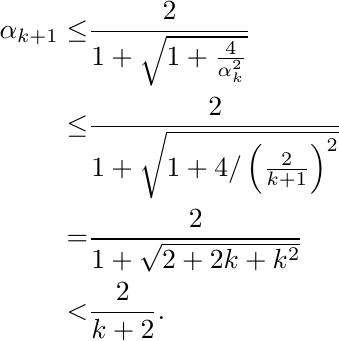
\begin{align*}
\alpha_{k+1}\leq & \frac{2}{1+\sqrt{1+\frac{4}{\alpha_{k}^{2}}}}\\
\leq & \frac{2}{1+\sqrt{1+4/\left(\frac{2}{k+1}\right)^{2}}}\\
= & \frac{2}{1+\sqrt{2+2k+k^{2}}}\\
< & \frac{2}{k+2}.
\end{align*}